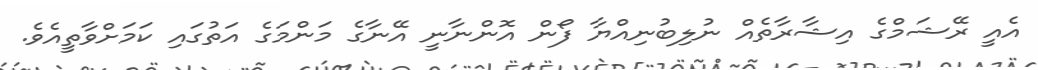
އެއީ ރޭޝަމްގެ އިޝާރާތެއް ނުލިބުނިއްޔާ ފޯން އޮންނާނީ އޭނާގެ މަންމަގެ އަތުގައި ކަމަށްވާތީއެވެ.